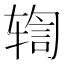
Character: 𫐒